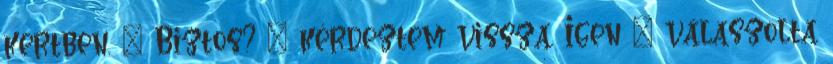
kertben. – Biztos? – kérdeztem vissza. Igen – válaszolta